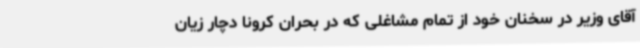
آقای وزیر در سخنان خود از تمام مشاغلی که در بحران کرونا دچار زیان